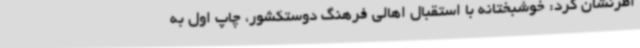
اطرنشان کرد: خوشبختانه با استقبال اهالی فرهنگ دوستکشور، چاپ اول به